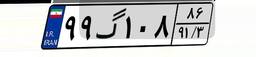
۹۵گ۴۰۶۳۶